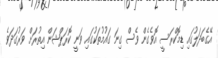
އޭގެބަދަލުގައި ޑިމޮކްރަސީ އޮވެގެން ވެސް ގިނަ ގައުމުތަކުގައި ވަނީ ކޮރަޕްޝަން އިތުރަށް ވަރުގަދަވެ